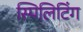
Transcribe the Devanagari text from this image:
स्पिलिटिंग